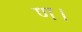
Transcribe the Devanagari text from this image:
ण।